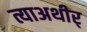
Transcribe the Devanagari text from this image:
त्याअथीर्